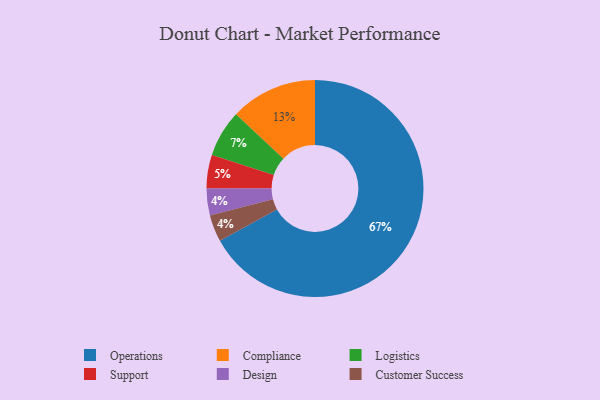
{"axis": {"x": "Category", "y": "Percentage"}, "legend": ["Compliance", "Customer Success", "Design", "Logistics", "Operations", "Support"], "data": [{"x": "Operations", "y": 67, "type": "Operations"}, {"x": "Compliance", "y": 13, "type": "Compliance"}, {"x": "Support", "y": 5, "type": "Support"}, {"x": "Design", "y": 4, "type": "Design"}, {"x": "Customer Success", "y": 4, "type": "Customer Success"}, {"x": "Logistics", "y": 7, "type": "Logistics"}]}